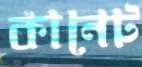
কানেট